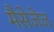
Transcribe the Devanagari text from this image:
मैसेजेज